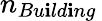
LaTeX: n_{Bu\mathbf{i}ld\mathbf{i}ng}\,